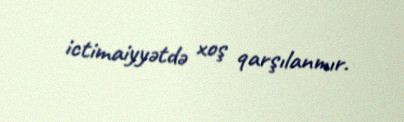
ictimaiyyətdə xoş qarşılanmır.